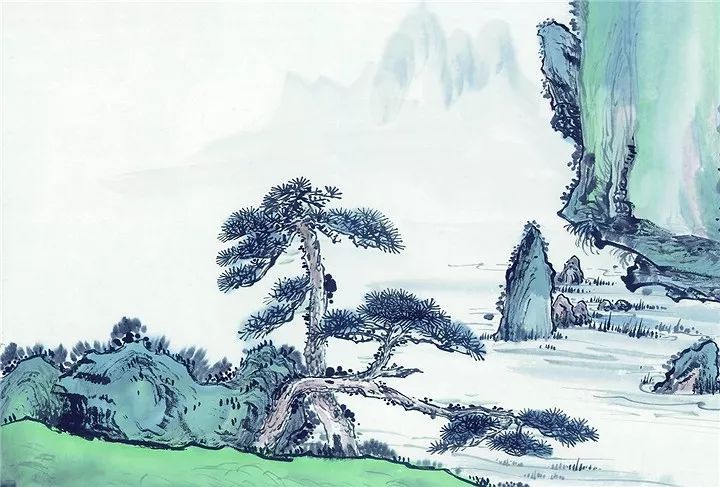
单车欲问边，属国过居延。